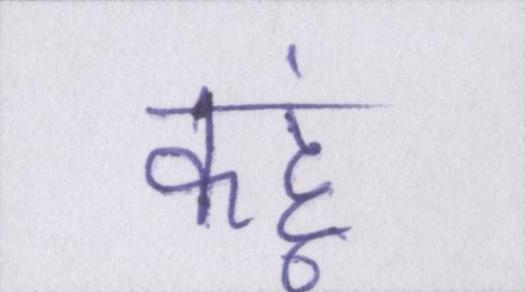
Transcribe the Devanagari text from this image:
कहूं